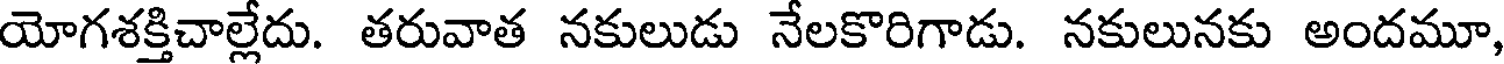
యోగశక్తిచాల్లేదు. తరువాత నకులుడు నేలకొరిగాడు. నకులునకు అందమూ,